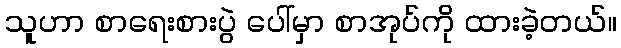
သူဟာ စာရေးစားပွဲ ပေါ်မှာ စာအုပ်ကို ထားခဲ့တယ်။